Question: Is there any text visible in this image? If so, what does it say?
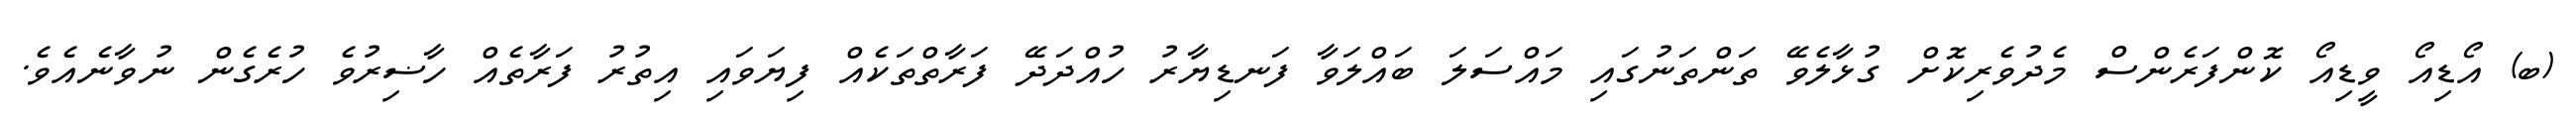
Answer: (ބ) އޯޑިއޯ ވީޑިއޯ ކޮންފަރެންސް މެދުވެރިކޮށް ގުޅާލެވޭ ތަންތަނުގައި މައްސަލަ ބައްލަވާ ފަނޑިޔާރު ހުއްދަދޭ ފަރާތްތަކެއް ފިޔަވައި އިތުރު ފަރާތެއް ހާޟިރުވެ ހުރެގެން ނުވާނެއެވެ.